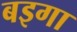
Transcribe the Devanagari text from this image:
बइगा